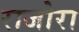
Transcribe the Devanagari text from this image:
राजोरा